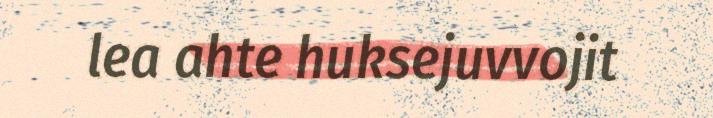
lea ahte huksejuvvojit